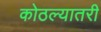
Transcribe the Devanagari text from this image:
कोठल्यातरी